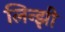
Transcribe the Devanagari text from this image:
लिन्झी